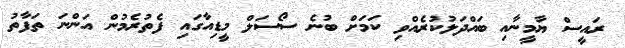
ރައީސް ޔާމީނާއި ބައްދަލުކުރެއްވި ކަމަށް ބުނެ ސޯސަލް މީޑިއާގައި ފެތުރެމުން އަންނަ ތަފާތު